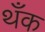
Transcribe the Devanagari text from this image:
थँक